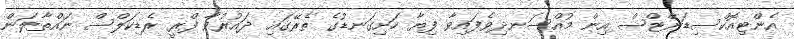
އެންޓިއޮކްސިޑަންޓްސް އިން މުއްސަނދިވެފައިވާ ފިޔާ ހަށިގަނޑުގެ ތެރޭގައި ދައުރުވާ ފްރީ ރެޑިކަލްސް ނައްތާލަން